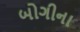
બોગીના